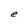
Character: e